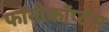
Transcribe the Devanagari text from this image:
फॉनीकॉप्टेरा